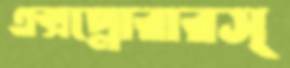
এক্সপ্লোরারস্